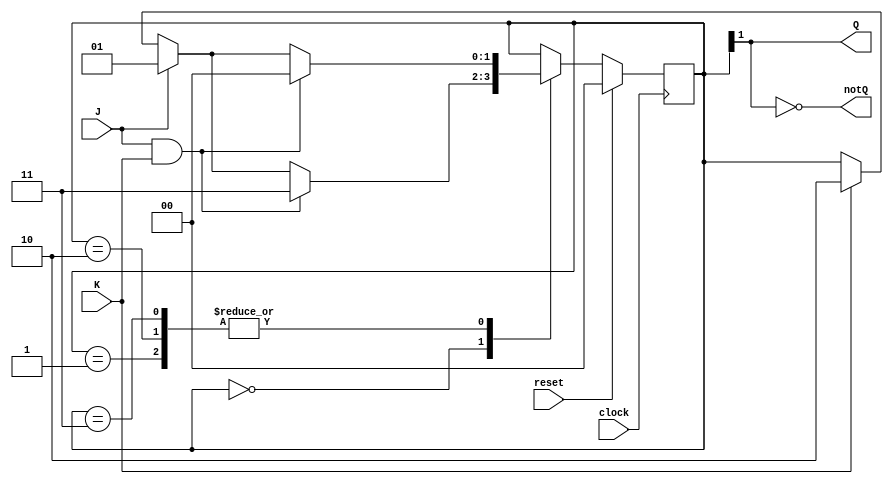
module neg_edge_triggered_jk_flip_flop (
    input wire J, // Input J
    input wire K, // Input K
    input wire clock, // Clock signal
    input wire reset, // Reset signal
    output reg Q, // Output Q
    output reg notQ // Output notQ
);

// Internal signal to hold the current state of the flip-flop
reg [1:0] state;

always @(negedge clock) begin
    if (reset) begin
        state <= 2'b00; // Reset state
    end else begin
        case (state)
            2'b00: begin // State when Q = 0, notQ = 1
                if (J && K) begin
                    state <= 2'b11; // Toggle state
                end else if (J) begin
                    state <= 2'b01; // Set state
                end else if (K) begin
                    state <= 2'b10; // Reset state
                end
            end
            2'b01: begin // State when Q = 1, notQ = 0
                if (J && K) begin
                    state <= 2'b00; // Toggle state
                end else if (J) begin
                    state <= 2'b01; // Set state
                end else if (K) begin
                    state <= 2'b10; // Reset state
                end
            end
            2'b10: begin // State when Q = 0, notQ = 1
                if (J && K) begin
                    state <= 2'b00; // Toggle state
                end else if (J) begin
                    state <= 2'b01; // Set state
                end else if (K) begin
                    state <= 2'b10; // Reset state
                end
            end
            2'b11: begin // State when Q = 1, notQ = 0
                if (J && K) begin
                    state <= 2'b00; // Toggle state
                end else if (J) begin
                    state <= 2'b01; // Set state
                end else if (K) begin
                    state <= 2'b10; // Reset state
                end
            end
            default: state <= 2'b00; // Default to reset state
        endcase
    end
end

assign Q = state[1];
assign notQ = ~state[1];

endmodule